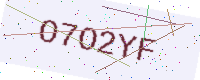
Text: O7O2YF